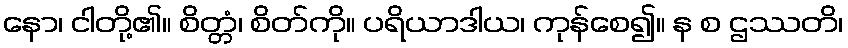
နော၊ ငါတို့၏။ စိတ္တံ၊ စိတ်ကို။ ပရိယာဒါယ၊ ကုန်စေ၍။ န စ ဌဿတိ၊